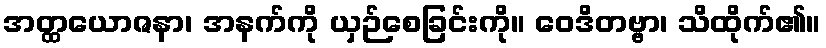
အတ္ထယောဇနာ၊ အနက်ကို ယှဉ်စေခြင်းကို။ ဝေဒိတဗ္ဗာ၊ သိထိုက်၏။